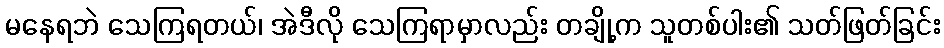
မနေရဘဲ သေကြရတယ်၊ အဲဒီလို သေကြရာမှာလည်း တချို့က သူတစ်ပါး၏ သတ်ဖြတ်ခြင်း